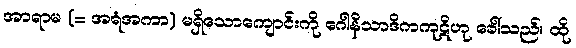
အာရာမ (= အရံအကာ) မရှိသောကျောင်းကို ဂေါနိသာဒိကကုဋိဟု ခေါ်သည်။ ထို